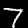
Digit: 7